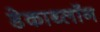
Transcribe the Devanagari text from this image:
डेकाथ्लॉन